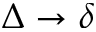
\Delta \rightarrow \delta